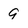
Character: 9